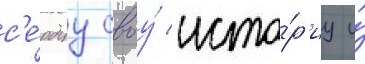
с'е́рдцу своу́ исто́р'иу и́